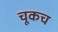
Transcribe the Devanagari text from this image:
चूकच